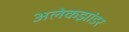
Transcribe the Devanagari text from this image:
अलेकझांडर